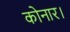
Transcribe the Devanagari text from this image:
कोनार।